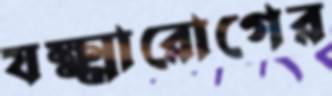
যক্ষ্মারোগের